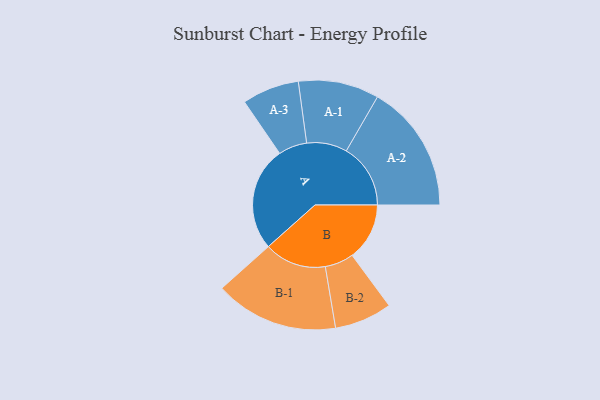
{"axis": {"x": "Segment", "y": "Value"}, "legend": ["", "A", "B"], "data": [{"x": "A", "y": 485, "type": ""}, {"x": "B", "y": 267, "type": ""}, {"x": "A-1", "y": 188, "type": "A"}, {"x": "A-2", "y": 299, "type": "A"}, {"x": "A-3", "y": 133, "type": "A"}, {"x": "B-1", "y": 288, "type": "B"}, {"x": "B-2", "y": 134, "type": "B"}]}